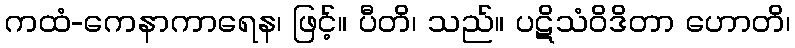
ကထံ-ကေနာကာရေန၊ ဖြင့်။ ပီတိ၊ သည်။ ပဋိသံဝိဒိတာ ဟောတိ၊